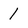
Character: 1